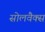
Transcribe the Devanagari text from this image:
सोलवैक्स